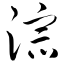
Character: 淙